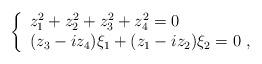
LaTeX: \begin{align*}\left\{\begin{array}{l}z_1^2+ z_2^2+ z_3^2+ z_4^2 = 0\\(z_3-iz_4)\xi_1 + (z_1-iz_2)\xi_2 = 0~,\end{array}\right.\end{align*}